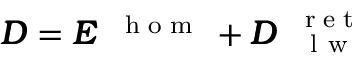
\pmb { { \cal D } } = \pmb { { \cal E } } ^ { \mathrm { ~ \tiny ~ { ~ h ~ o ~ m ~ } ~ } } + { \pmb { { \cal D } } } _ { \mathrm { ~ \textsc ~ { ~ l ~ w ~ } ~ } } ^ { \mathrm { ~ \tiny ~ { ~ r ~ e ~ t ~ } ~ } }